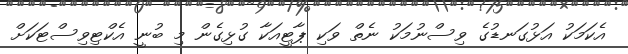
އެކަމަކު އަޅުގަނޑުގެ ވިސްނުމަކު ނެތް ވަކި ޕާޓީއަކާ ގުޅިގެން މި ބުނީ އެކްޓިވިސްޓަކަށް